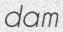
dam